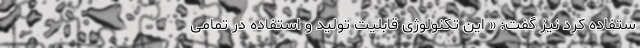
ستفاده کرد نیز گفت:‌ « این تکنولوژی قابلیت تولید و استفاده در تمامی